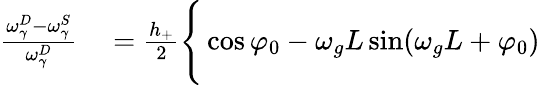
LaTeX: \begin{array}{rl}{\frac{\omega_{\gamma}^{D}-\omega_{\gamma}^{S}}{\omega_{\gamma}^{D}}}&{{}=\frac{h_{+}}{2}\Bigg\{ \cos\varphi_{0}-\omega_{g}L\sin(\omega_{g}L+\varphi_{0})}\end{array}